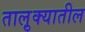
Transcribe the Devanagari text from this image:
तालु़क्यातील